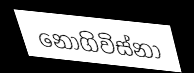
නොගිවිස්නා